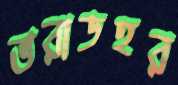
ভরাডহর